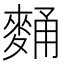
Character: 𪌻